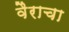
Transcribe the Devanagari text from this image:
वैराचा